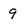
Character: 9